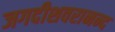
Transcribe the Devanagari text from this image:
जगदीशवरानन्द